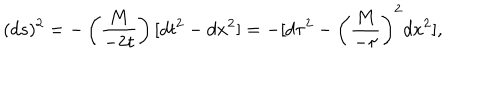
( d s ) ^ { 2 } = - \left( \frac { M } { - 2 t } \right) [ d t ^ { 2 } - d x ^ { 2 } ] = - [ d \tau ^ { 2 } - \left( { \frac { M } { - \tau } } \right) ^ { 2 } d x ^ { 2 } ] ,